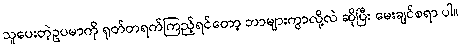
သူပေးတဲ့ဥပမာကို ရုတ်တရက်ကြည့်ရင်တော့ ဘာများကွာလို့လဲ ဆိုပြီး မေးချင်စရာ ပါ။